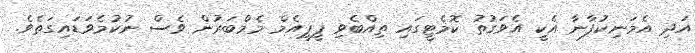
އަދި އެމަނިކުފާނާ އެކީ އެވަގުތު ކޮމެޓީގައި ތިއްބެވި ޕީޕީއެމް މެމްބަރުން ވެސް ނުކުމެވަޑައިގަތެވެ.